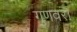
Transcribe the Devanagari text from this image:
गुणवरा